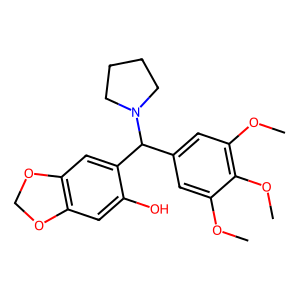
SMILES: COc1cc(C(c2cc3c(cc2O)OCO3)N2CCCC2)cc(OC)c1OC
Inhibits HIV replication: No